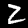
Label: 2